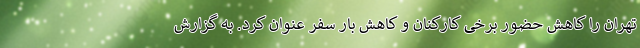
تهران را کاهش حضور برخی کارکنان و کاهش بار سفر عنوان کرد. به گزارش